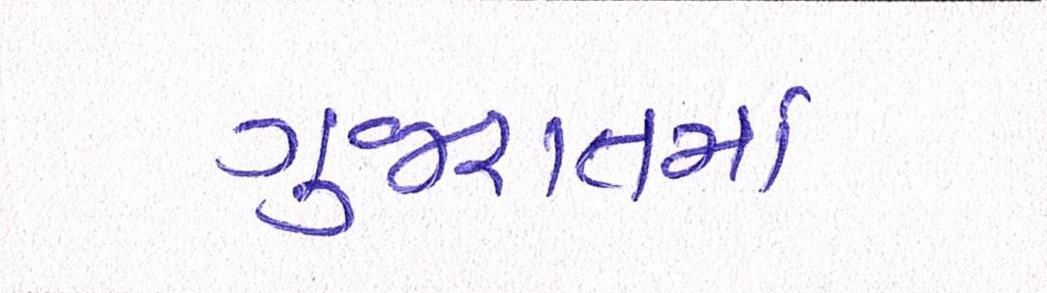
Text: ગુજરાતમાં